Indian journal of veterinary science and animal husbandry - Volume 9,
Year: 1939
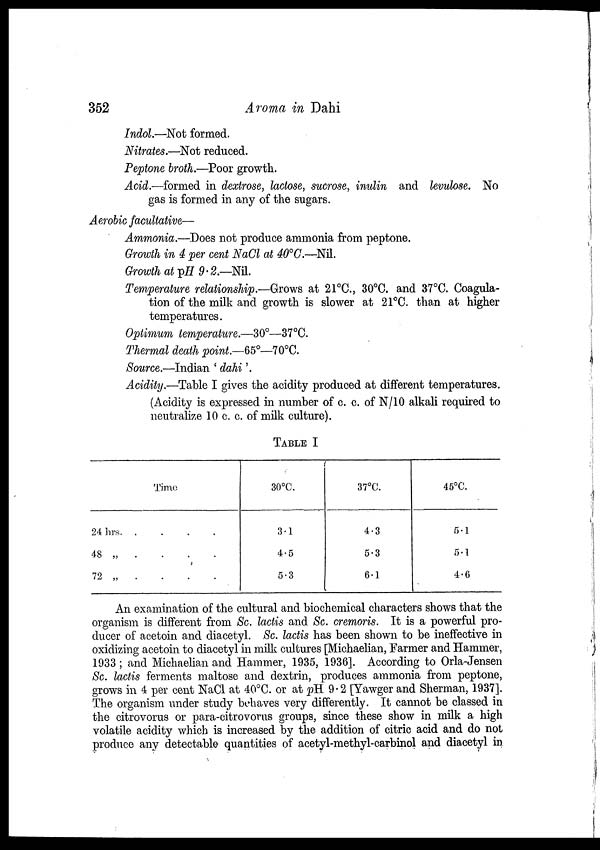
352
Aroma in Dahi
Indol.—Not formed.
Nitrates.—Not reduced.
Peptone broth.—Poor growth.
Acid.—formed in dextrose, lactose, sucrose, inulin and levulose. No
gas is formed in any of the sugars.
Aerobic facultative—
Ammonia.—Does not produce ammonia from peptone.
Growth in 4 per cent NaCl at 40°C.—Nil.
Growth at pH 9.2.-Nil.
Temperature relationship.—Grows at 21°C., 30°C. and 37°C. Coagula-
tion of the milk and growth is slower at 21°C. than at higher
temperatures.
Optimum temperature.—30°—37°C.
Thermal death point.—65°—70°C.
Source.—Indian ' dahi '
Acidity.—Table I gives the acidity produced at different temperatures.
(Acidity is expressed in number of c. c. of N/10 alkali required to
neutralize 10 c. c. of milk culture).
TABLE I
Time
24 hrs. .
48 „
.
72 „
.
.
.
.
.
.
.
.
.
.
30°C.
3.1
4.5
5.3
37°C.
4.3
5.3
6.1
45°C.
5.1
5.1
4.6
An examination of the cultural and biochemical characters shows that the
organism is different from Sc. lactis and Sc. cremoris. It is a powerful pro-
ducer of acetoin and diacetyl. Sc. lactis has been shown to be ineffective in
oxidizing acetoin to diacetyl in milk cultures [Michaelian, Farmer and Hammer,
1933 ; and Michaelian and Hammer, 1935, 1936]. According to Orla-Jensen
Sc. lactis ferments maltose and dextrin, produces ammonia from peptone,
grows in 4 per cent NaCl at 40°C. or at pH 9.2 [Yawger and Sherman, 1937].
The organism under study behaves very differently. It cannot be classed in
the citrovorus or para-citrovorus groups, since these show in milk a high
volatile acidity which is increased by the addition of citric acid and do not
produce any detectable quantities of acetyl-methyl-carbinol and diacetyl in